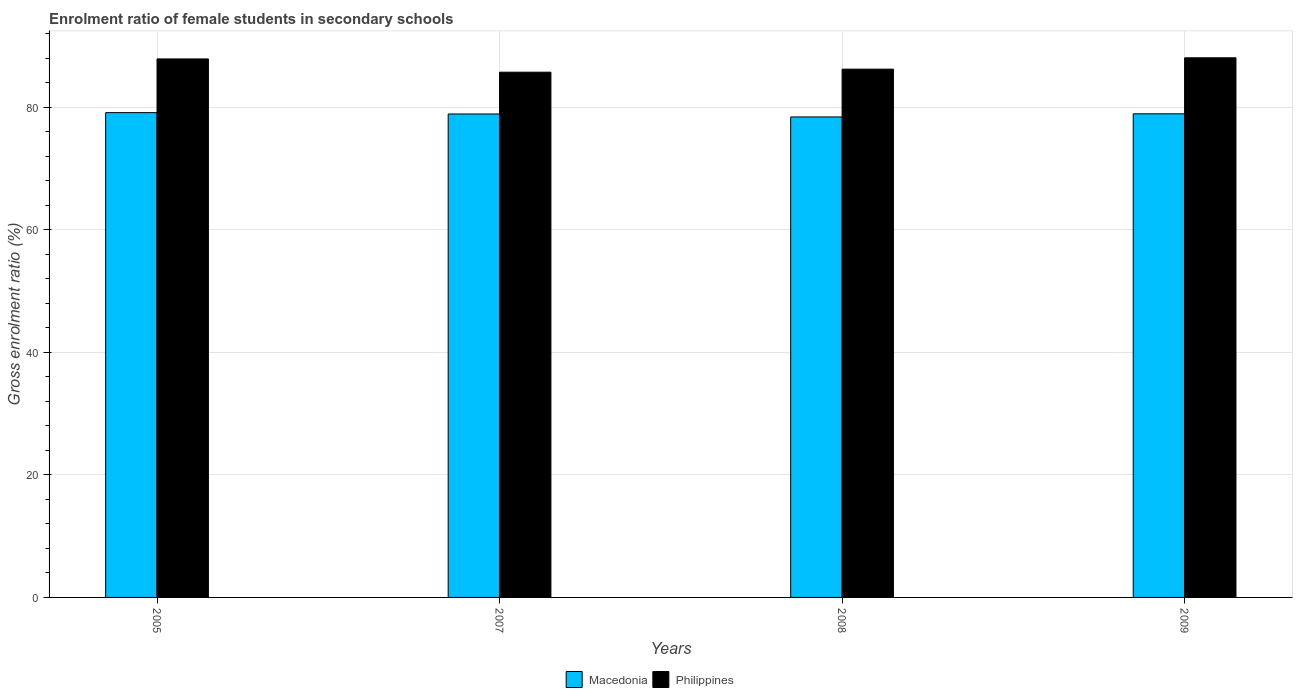
| Years | Macedonia | Philippines |
 | --- | --- | --- |
 | 2005 | 79.1 | 87.9 |
 | 2007 | 78.9 | 85.7 |
 | 2008 | 78.4 | 86.2 |
 | 2009 | 78.9 | 88 |